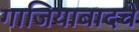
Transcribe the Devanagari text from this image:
गाजियाबादचे